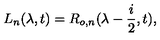
L _ { n } ( \lambda , t ) = R _ { o , n } ( \lambda - \frac { i } { 2 } , t ) ,